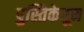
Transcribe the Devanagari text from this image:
पुस्तिकेतून